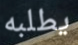
يطلبه